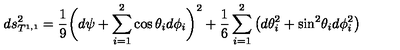
d s _ { T ^ { 1 , 1 } } ^ { 2 } = { \frac { 1 } { 9 } } \bigg ( d \psi + \sum _ { i = 1 } ^ { 2 } \cos \theta _ { i } d \phi _ { i } \bigg ) ^ { 2 } + { \frac { 1 } { 6 } } \sum _ { i = 1 } ^ { 2 } \left( d \theta _ { i } ^ { 2 } + \mathrm { s i n } ^ { 2 } \theta _ { i } d \phi _ { i } ^ { 2 } \right) \